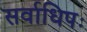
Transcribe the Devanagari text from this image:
सर्वाधिपः